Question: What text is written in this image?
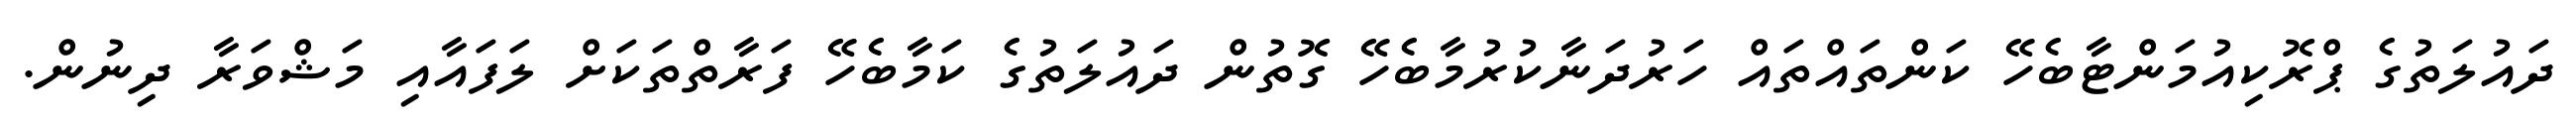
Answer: ދައުލަތުގެ ޕްރޮކިއުމަންޓާބެހޭ ކަންތައްތައް ހަރުދަނާކުރުމާބެހޭ ގޮތުން ދައުލަތުގެ ކަމާބެހޭ ފަރާތްތަކަށް ލަފައާއި މަޝްވަރާ ދިނުން.